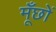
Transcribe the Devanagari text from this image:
मूँछों